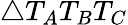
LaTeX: \triangle T_{A}T_{B}T_{C}